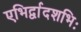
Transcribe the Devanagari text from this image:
एभिर्द्वादशभिः